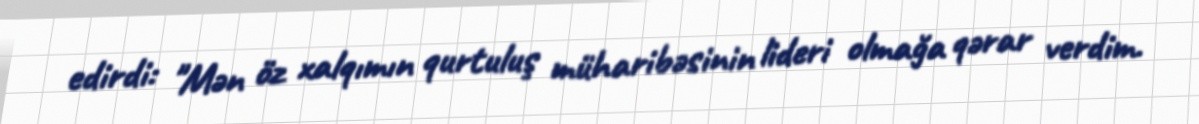
edirdi: "Mən öz xalqımın qurtuluş müharibəsinin lideri olmağa qərar verdim.